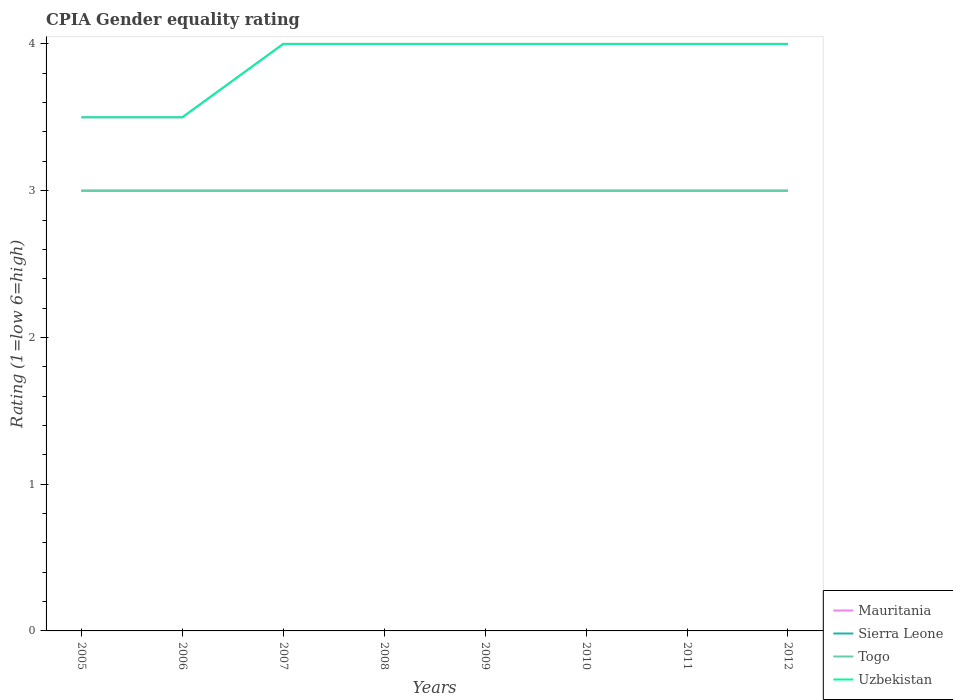
| Years | Mauritania | Sierra Leone | Togo | Uzbekistan |
 | --- | --- | --- | --- | --- |
 | 2005 | 3.5 | 3 | 3 | 3.5 |
 | 2006 | 3.5 | 3 | 3 | 3.5 |
 | 2007 | 4 | 3 | 3 | 4 |
 | 2008 | 4 | 3 | 3 | 4 |
 | 2009 | 4 | 3 | 3 | 4 |
 | 2010 | 4 | 3 | 3 | 4 |
 | 2011 | 4 | 3 | 3 | 4 |
 | 2012 | 4 | 3 | 3 | 4 |